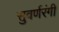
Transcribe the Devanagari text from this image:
सुवर्णरंगी